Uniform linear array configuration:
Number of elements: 32
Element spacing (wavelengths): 0.75
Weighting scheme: uniform
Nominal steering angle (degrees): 45
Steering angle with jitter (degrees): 44.64
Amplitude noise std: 0.05
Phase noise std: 0.05

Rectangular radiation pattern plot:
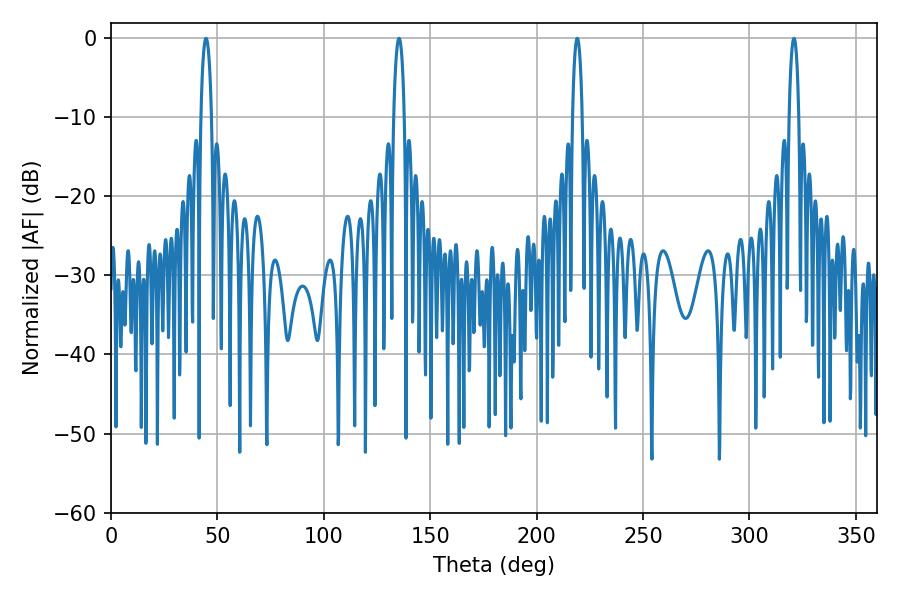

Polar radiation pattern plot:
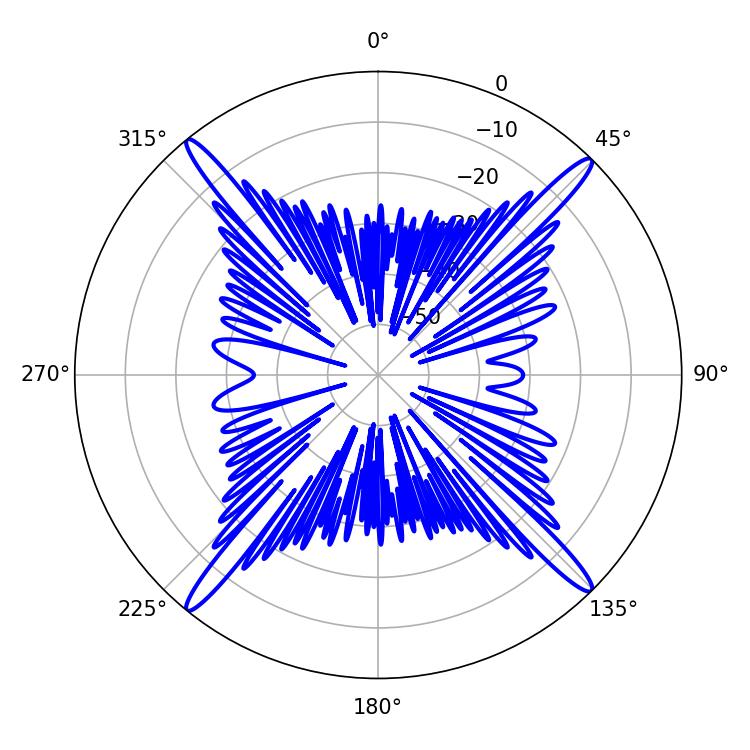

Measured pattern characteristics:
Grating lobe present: TRUE
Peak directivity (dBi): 21.407
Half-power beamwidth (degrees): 2.88
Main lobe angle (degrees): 44.64